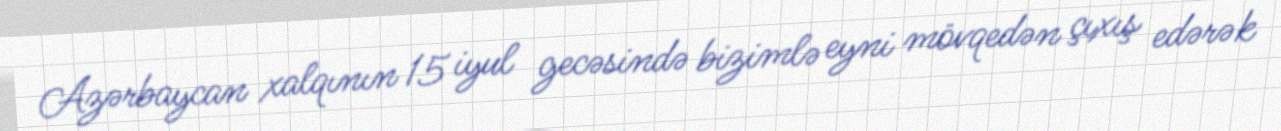
Azərbaycan xalqının 15 iyul gecəsində bizimlə eyni mövqedən çıxış edərək